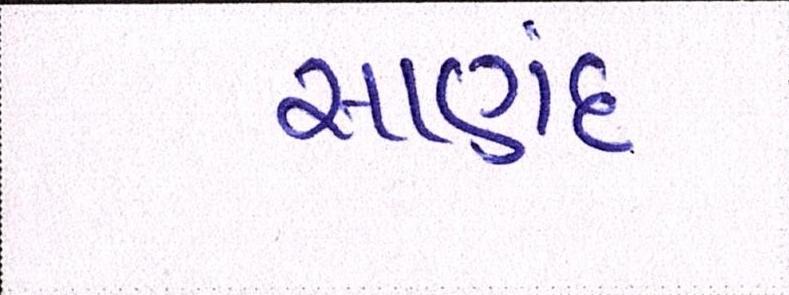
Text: સાણંદ